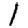
Digit: 1